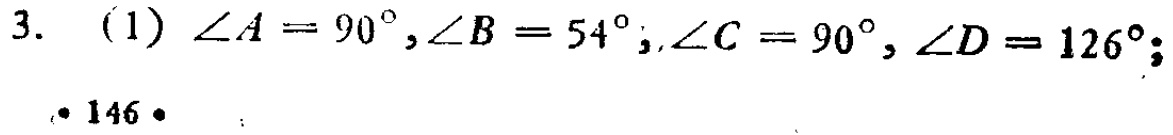
3. （1）$\angle A = 90^{\circ},\angle B = 54^{\circ};\angle C = 90^{\circ},\angle D = 126^{\circ};$
• 146 •